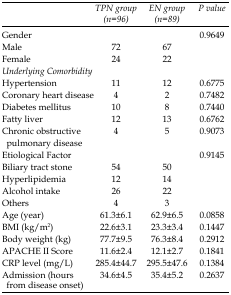
<table><thead><tr><td>[EMPTY_CELL]</td><td><b>TPN group (n=96)</b></td><td><b>EN group (n=89)</b></td><td><b>P value</b></td></tr></thead><tbody><tr><td>Gender</td><td>[EMPTY_CELL]</td><td>[EMPTY_CELL]</td><td>0.9649</td></tr><tr><td>Male</td><td>72</td><td>67</td></tr><tr><td>Female</td><td>24</td><td>22</td></tr><tr><td><i>Underlying Comorbidity</i></td><td>[EMPTY_CELL]</td><td>[EMPTY_CELL]</td><td>[EMPTY_CELL]</td></tr><tr><td>Hypertension</td><td>11</td><td>12</td><td>0.6775</td></tr><tr><td>Coronary heart disease</td><td>4</td><td>2</td><td>0.7482</td></tr><tr><td>Diabetes mellitus</td><td>10</td><td>8</td><td>0.7440</td></tr><tr><td>Fatty liver</td><td>12</td><td>13</td><td>0.6762</td></tr><tr><td>Chronic obstructive pulmonary disease</td><td>4</td><td>5</td><td>0.9073</td></tr><tr><td>Etiological Factor</td><td>[EMPTY_CELL]</td><td>[EMPTY_CELL]</td><td>0.9145</td></tr><tr><td>Biliary tract stone</td><td>54</td><td>50</td><td>[EMPTY_CELL]</td></tr><tr><td>Hyperlipidemia</td><td>12</td><td>14</td><td>[EMPTY_CELL]</td></tr><tr><td>Alcohol intake</td><td>26</td><td>22</td><td>[EMPTY_CELL]</td></tr><tr><td>Others</td><td>4</td><td>3</td><td>[EMPTY_CELL]</td></tr><tr><td>Age (year)</td><td>61.3±6.1</td><td>62.9±6.5</td><td>0.0858</td></tr><tr><td>BMI (kg/m<sup>2</sup>)</td><td>22.6±3.1</td><td>23.3±3.4</td><td>0.1447</td></tr><tr><td>Body weight (kg)</td><td>77.7±9.5</td><td>76.3±8.4</td><td>0.2912</td></tr><tr><td>APACHE II Score</td><td>11.6±2.4</td><td>12.1±2.7</td><td>0.1841</td></tr><tr><td>CRP level (mg/L)</td><td>285.4±44.7</td><td>295.5±47.6</td><td>0.1384</td></tr><tr><td>Admission (hours from disease onset)</td><td>34.6±4.5</td><td>35.4±5.2</td><td>0.2637</td></tr></tbody></table>